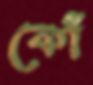
কোঁ